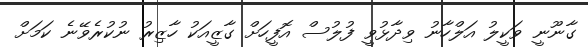
ގާނޫނީ ވަކީލު އަލްހާނު ވިދާޅުވީ ފުލުސް އޮފީހަށް ގާޒީއަކު ހާޒިރު ނުކުރެވޭނެ ކަމަށް